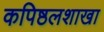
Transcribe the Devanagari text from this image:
कपिष्ठलशाखा